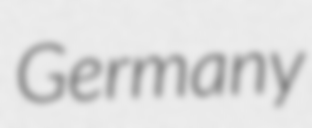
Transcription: Germany